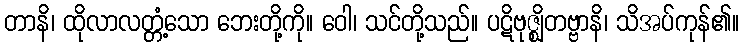
တာနိ၊ ထိုလာလတ္တံ့သော ဘေးတို့ကို။ ဝေါ၊ သင်တို့သည်။ ပဋိဗုဇ္ဈိတဗ္ဗာနိ၊ သိအပ်ကုန်၏။